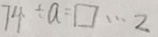
7 4 \div a = \square \cdots 2